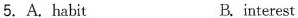
5.A.habit B.interest